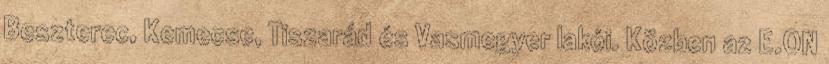
Beszterec, Kemecse, Tiszarád és Vasmegyer lakói. Közben az E.ON